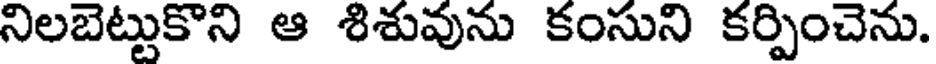
నిలబెట్టుకొని ఆ శిశువును కంసుని కర్పించెను.